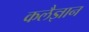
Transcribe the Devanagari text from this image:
कलैज्ञान